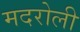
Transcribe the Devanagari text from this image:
मदरोली